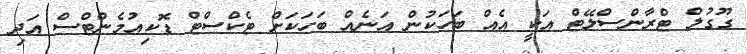
ގޫގުލް ޓްރާންސްލޭޓް އަކީ އެއް ބަހަކުން އަނެއް ބަހަކަށް ޓެކްސްޓް ޑޮކިއުމެންޓްސް އަދި